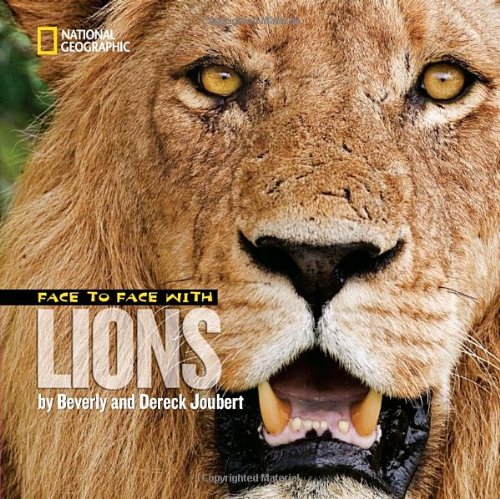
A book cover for Face to Face with Lions (Face to Face with Animals); Dereck Joubert; Children's Books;